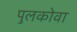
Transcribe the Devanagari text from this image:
पुलकोवा